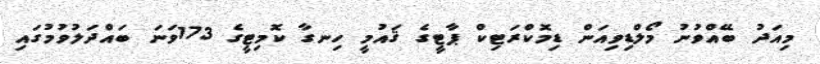
މިއަދު ބޭއްވުނު މޯލްޑިވިއަން ޑިމޮކްރަޓިކް ޕާޓީގެ ޤައުމީ ހިނގާ ކޮމިޓީގެ 173ވަނަ ބައްދަލުވުމުގައި